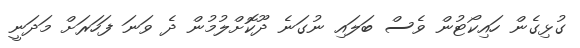
ގުޅިގެން ހައިކޯޓުން ވެސް ބަލައި ނުގަނެ ދޫކޮށްލުމުން ދެ ވަނަ ފަހަރަށް މަދަނީ